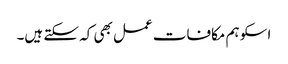
اسکو ہم مکافات عمل بھی کہ سکتے ہیں۔